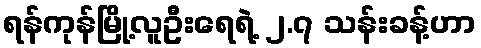
ရန်ကုန်မြို့လူဦးရေရဲ့ ၂.၇ သန်းခန့်ဟာ